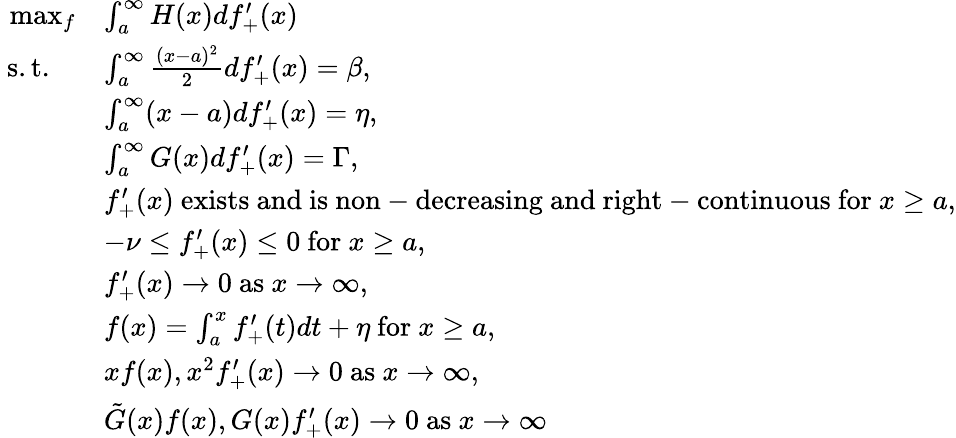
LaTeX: \begin{array}{rl}{\operatorname*{max}_{f}}&{\int_{a}^{\infty}H(x)df_{+}^{\prime}(x)}\\ {\mathrm{~s.t.~}\ \ }&{\int_{a}^{\infty}\frac{(x-a)^{2}}{2}df_{+}^{\prime}(x)=\beta,}\\ &{\int_{a}^{\infty}(x-a)df_{+}^{\prime}(x)=\eta,}\\ &{\int_{a}^{\infty}G(x)df_{+}^{\prime}(x)=\Gamma,}\\ &{f_{+}^{\prime}(x)\ \mathrm{exists~and~is~non-decreasing~and~right-continuous~for~}x\geq a,}\\ &{-\nu\leq f_{+}^{\prime}(x)\leq 0\ \mathrm{for~}x\geq a,}\\ &{f_{+}^{\prime}(x)\rightarrow 0\ \mathrm{as}\ x\rightarrow\infty,}\\ &{f(x)=\int_{a}^{x}f_{+}^{\prime}(t)dt+\eta\ \mathrm{for}\ x\geq a,}\\ &{xf(x),x^{2}f_{+}^{\prime}(x)\rightarrow 0\ \mathrm{as}\ x\rightarrow\infty,}\\ &{\tilde{G}(x)f(x),G(x)f_{+}^{\prime}(x)\rightarrow 0\ \mathrm{as}\ x\rightarrow\infty}\end{array}